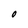
Character: O